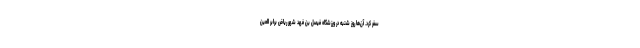
سفر کرد. آن‌ها روز شنبه در ورزشگاه فیصل بن فهد شهر ریاض برابر العین